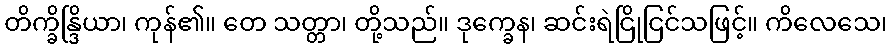
တိက္ခိန္ဒြိယာ၊ ကုန်၏။ တေ သတ္တာ၊ တို့သည်။ ဒုက္ခေန၊ ဆင်းရဲငြိုငြင်သဖြင့်။ ကိလေသေ၊